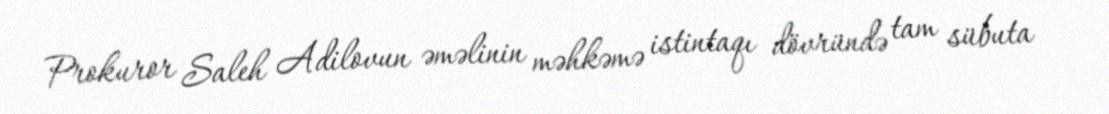
Prokuror Saleh Adilovun əməlinin məhkəmə istintaqı dövründə tam sübuta